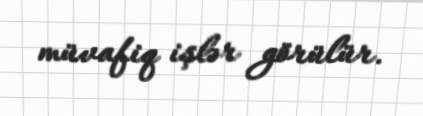
müvafiq işlər görülür.